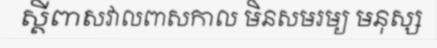
ស្តីពាសវាលពាសកាល មិនសមរម្យ មនុស្ស